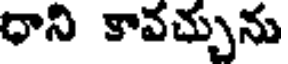
ధాని కావచ్చును